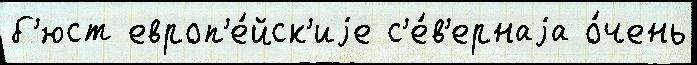
б'юст европ'е́йск'иjе с'е́в'ернаjа о́чень